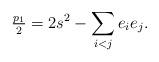
LaTeX: \begin{gather*} \tfrac{p_1}2 = 2s^2 - \sum_{i<j} e_i e_j.\end{gather*}